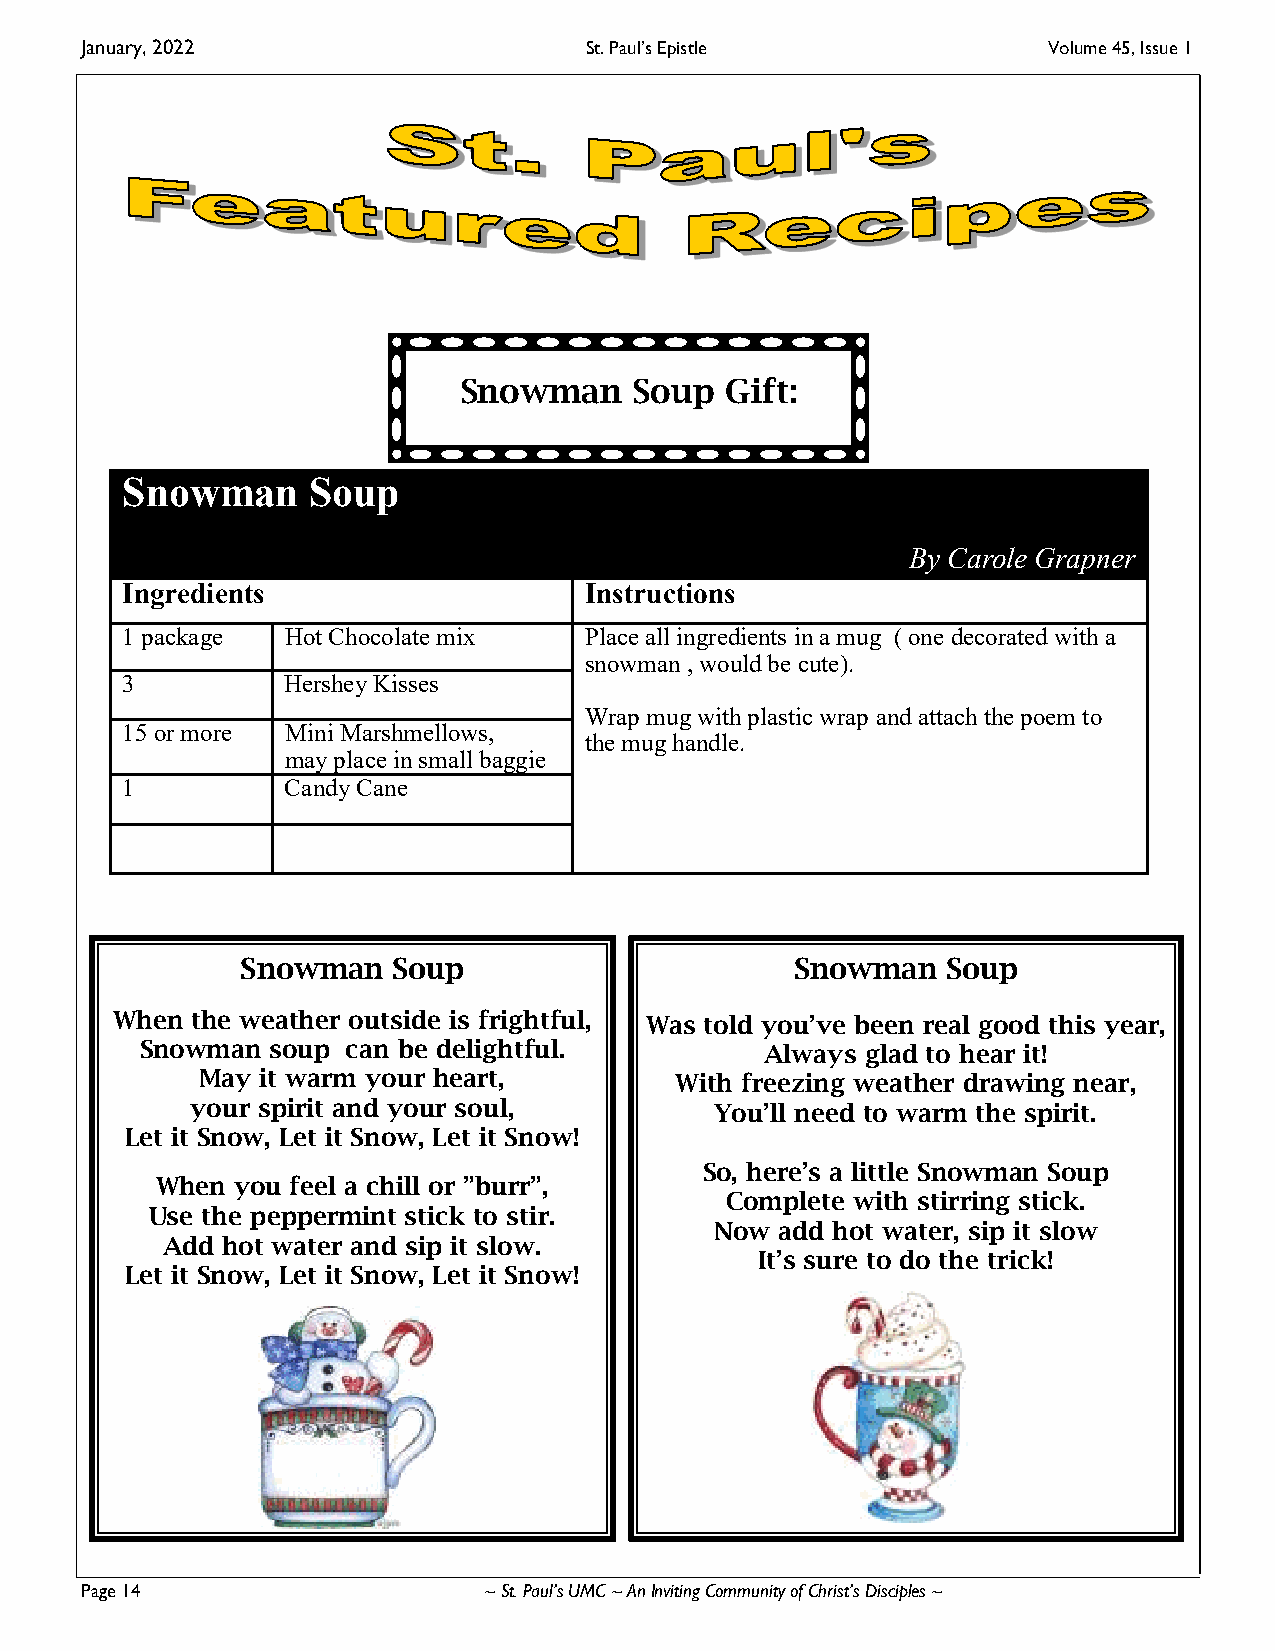
January, 2022                     St. Paul’s Epistle            Volume 45, Issue 1
 Snowman     Soup  Gift:
 Snowman     Soup
 By Carole Grapner
 Ingredients                    Instructions
 1 package  Hot Chocolate mix   Place all ingredients in a mug ( one decorated with a
 snowman , would be cute).
 3          Hershey Kisses
 Wrap mug with plastic wrap and attach the poem to
 15 or more Mini Marshmellows,
 the mug handle.
 may place in small baggie
 1          Candy Cane
 Snowman   Soup                       Snowman   Soup
 When  the weather outside is frightful, Was told you’ve been real good this year,
 Snowman  soup can be delightful.          Always glad to hear it!
 May it warm your heart,         With freezing weather drawing near,
 your spirit and your soul,        You’ll need to warm the spirit.
 Let it Snow, Let it Snow, Let it Snow!
 So, here’s a little Snowman Soup
 When  you feel a chill or ”burr”,
 Complete with stirring stick.
 Use the peppermint stick to stir.
 Now  add hot water, sip it slow
 Add hot water and sip it slow.
 It’s sure to do the trick!
 Let it Snow, Let it Snow, Let it Snow!
 Page 14                    ~ St. Paul’s UMC ~ An Inviting Community of Christ’s Disciples ~